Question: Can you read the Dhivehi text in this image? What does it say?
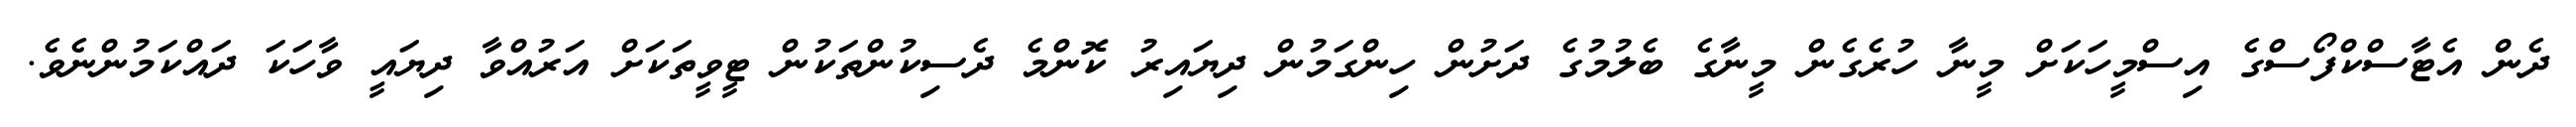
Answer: ދެން އެޓާސްކްފޯސްގެ އިސްމީހަކަށް މީނާ ހުރެގެން މީނާގެ ބެލުމުގެ ދަށުން ހިންގަމުން ދިޔައިރު ކޮންމެ ދެސިކުންތަކުން ޓީވީތަކަށް އަރުއްވާ ދިޔައީ ވާހަކަ ދައްކަމުންނެވެ.